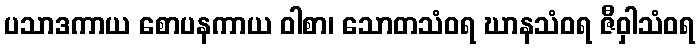
ပသာဒကာယ စောပနကာယ ဝါစာ၊ သောတသံဝရ ဃာနသံဝရ ဇီဝှါသံဝရ